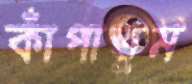
কাঁপাতুম